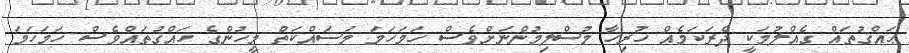
ޙައްޤުތައް ގެއްލުމަކީ ދެރަކަމެއް ހުރިހާ މުސްލިމުންނަށްވެސް ހަމަހަމަ މަސައްކަތްު މީހުންގެ ހައްޤުތައްވެސް ހަމަހަމަ